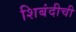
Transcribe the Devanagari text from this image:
शिबंदीची